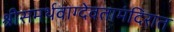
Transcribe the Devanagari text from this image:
श्रीसमर्थवाग्देवतामंदिरात